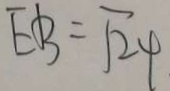
E B = \sqrt { 2 4 }